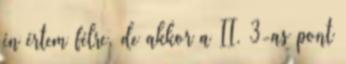
én értem félre, de akkor a II. 3-as pont